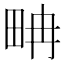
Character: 畘